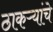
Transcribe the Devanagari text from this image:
ठाकऱ्यांचे